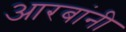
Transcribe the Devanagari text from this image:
आरबांनी